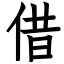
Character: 借